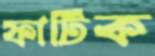
ফাটিক